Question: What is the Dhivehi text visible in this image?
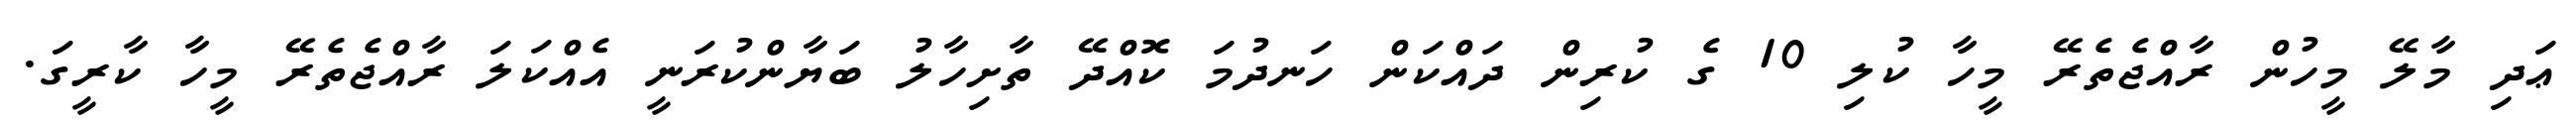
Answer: ޢަދި މާލޭ މީހުން ރާއްޖެތެރޭ މީހާ ކުލި 10 ގެ ކުރިން ދައްކަން ހަނދުމަ ކޮއްދޭ ތާށިހާލު ބަޔާންކުރަނީ އެއްކަލަ ރާއްޖެތެރޭ މީހާ ކާރީގަ.